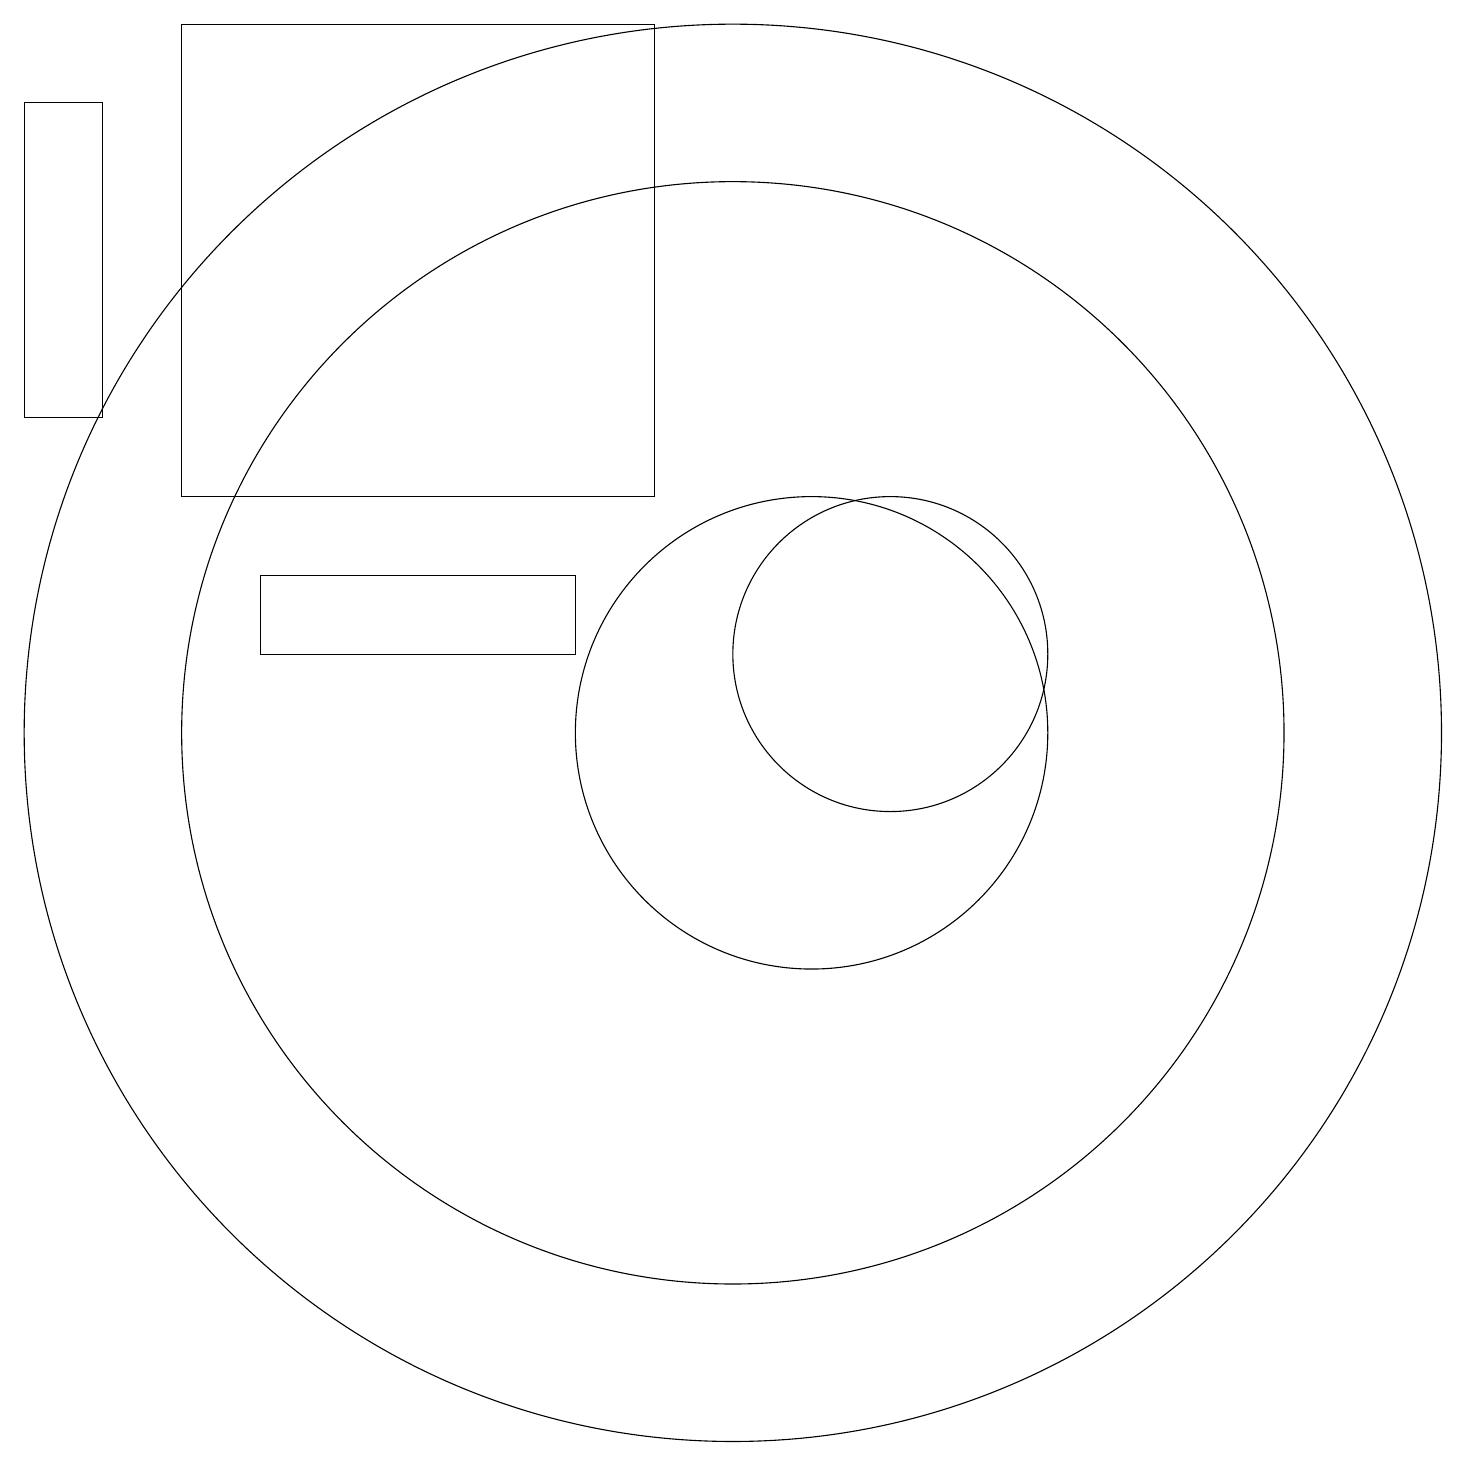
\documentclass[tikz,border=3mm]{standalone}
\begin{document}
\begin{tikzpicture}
\draw (11,10) circle (3);
\draw (10,10) circle (7);
\draw (9,13) rectangle (3,19);
\draw (10,10) circle (9);
\draw (1,18) rectangle (2,14);
\draw (8,12) rectangle (4,11);
\draw (10,11) circle (0);
\draw (12,11) circle (2);
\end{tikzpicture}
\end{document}